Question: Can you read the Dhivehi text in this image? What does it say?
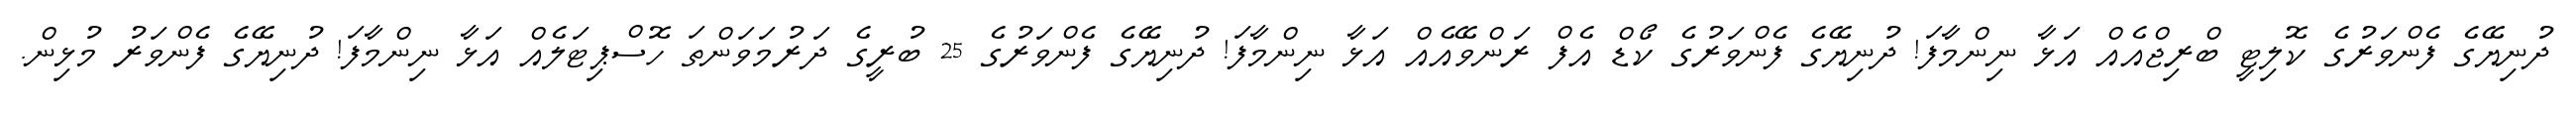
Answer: ދުނިޔޭގެ ފެންވަރުގެ ކޮލިޓީ ބްރިޖްއެއް އަޅާ ނިންމާފަ! ދުނިޔޭގެ ފެންވަރުގެ ކޯޑް އެފް ރަންވޭއެއް އަޅާ ނިންމާފަ! ދުނިޔޭގެ ފެންވަރުގެ 25 ބުރީގެ ދަރުމަވަންތަ ހޮސްޕިޓަލެއް އަޅާ ނިންމާފަ! ދުނިޔޭގެ ފެންވަރު މުޅިން.